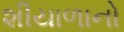
શીયાળાનો